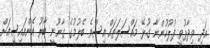
އަދި ވިދާޅުވީ ފުލުހުންނާ ގުޅޭ މައްސަލަތައް އިސްވެ ބެލުމުގެ ގާނޫނީ ބާރު އެންއައިސީއަށް